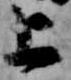
上